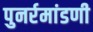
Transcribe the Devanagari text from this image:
पुनर्रमांडणी